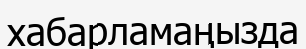
хабарламаңызда